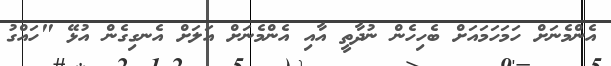
އެންމެނަށް ހަމަހަމައަށް ބެހިހެން ނުދާތީ އާއި އެންމެނަށް އަލަށް އެނގިގެން އުޅޭ "ހައްގު